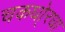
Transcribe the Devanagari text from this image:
चकधो्रधा